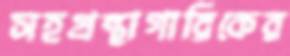
সহগ্রন্থাগারিকের